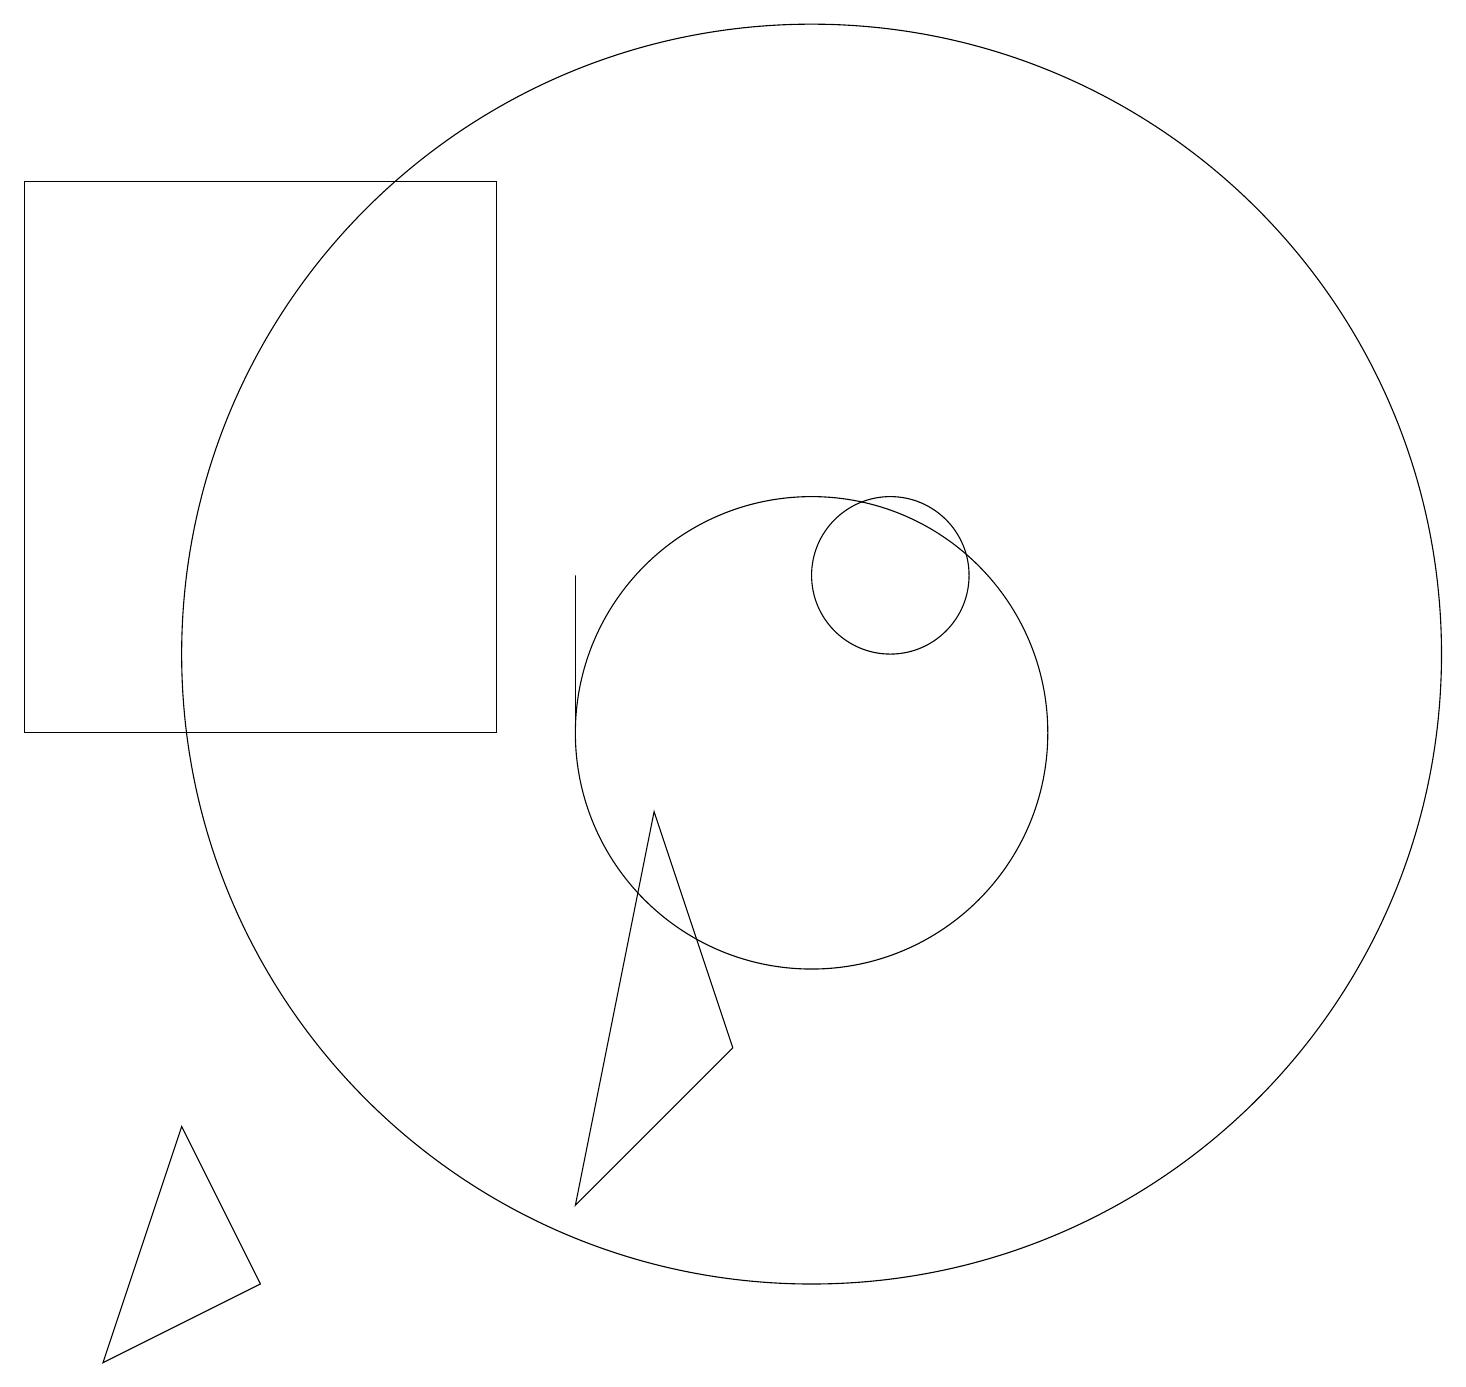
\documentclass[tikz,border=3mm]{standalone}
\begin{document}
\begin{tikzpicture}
\draw (10,11) circle (8);
\draw (10,10) circle (3);
\draw (11,12) circle (1);
\draw (9,6) -- (8,9) -- (7,4) -- cycle;
\draw (0,17) rectangle (6,10);
\draw (7,12) rectangle (7,10);
\draw (3,3) -- (1,2) -- (2,5) -- cycle;
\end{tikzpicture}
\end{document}